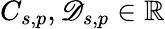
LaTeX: C_{s,p},\mathscr{D}_{s,p}\in\mathbb{{R}}